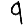
Digit: 9